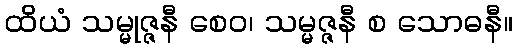
ထိယံ သမ္မုဇ္ဇနီ စေဝ၊ သမ္မဇ္ဇနီ စ သောဓနီ။